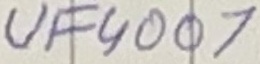
Text: UF4007